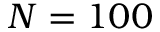
N = 1 0 0